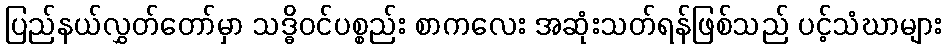
ပြည်နယ်လွှတ်တော်မှာ သဒ္ဓိဝင်ပစ္စည်း စာကလေး အဆုံးသတ်ရန်ဖြစ်သည် ပင့်သံဃာများ